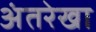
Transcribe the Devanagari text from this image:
अंतरेखा